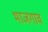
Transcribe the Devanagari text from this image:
भाजगाव